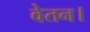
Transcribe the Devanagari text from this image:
वेतन।